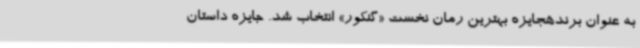
به عنوان برندهجایزه بهترین رمان نخست «گنکور» انتخاب شد. جایزه داستان